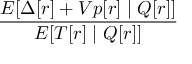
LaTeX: \frac { E [ \Delta [ r ] + V p [ r ] \mid Q [ r ] ] } { E [ T [ r ] \mid Q [ r ] ] }